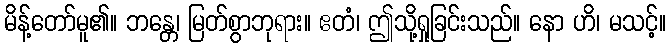
မိန့်တော်မူ၏။ ဘန္တေ၊ မြတ်စွာဘုရား။ ဧတံ၊ ဤသို့ရှုခြင်းသည်။ နော ဟိ၊ မသင့်။